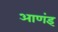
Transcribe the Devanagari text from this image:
आणंइ